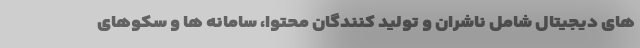
های دیجیتال شامل ناشران و تولید کنندگان محتوا، سامانه ها و سکوهای